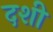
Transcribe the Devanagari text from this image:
दशी